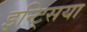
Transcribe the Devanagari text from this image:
इन्ट्सिया